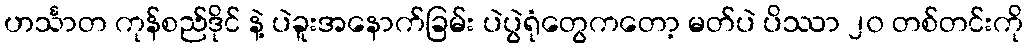
ဟင်္သာတ ကုန်စည်ဒိုင် နဲ့ ပဲခူးအနောက်ခြမ်း ပဲပွဲရုံတွေကတော့ မတ်ပဲ ပိဿာ ၂၀ တစ်တင်းကို